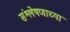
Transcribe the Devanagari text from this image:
संश्लेषणाच्या